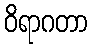
ဝိရာဂတာ